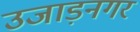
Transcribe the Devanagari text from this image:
उजाड़नगर